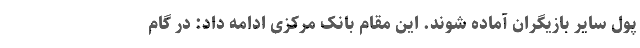
پول سایر بازیگران آماده شوند. این مقام بانک مرکزی ادامه داد: در گام